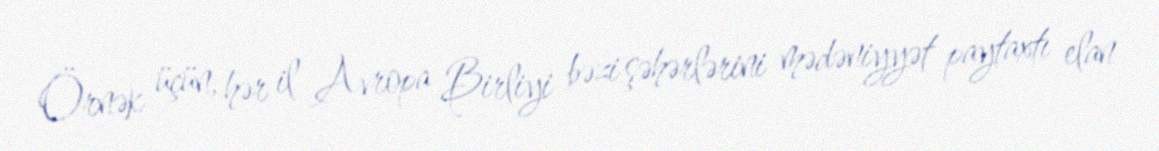
Örnək üçün, hər il Avropa Birliyi bəzi şəhərlərini mədəniyyət paytaxtı elan